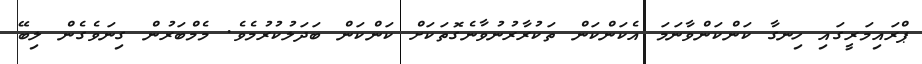
ޕްރައިމަރީގައި ހިނގާ ކަންކަންވާނަމަ އެކަންކަން ތަކުރާރުނުވާނެގޮތަކަށް ކަންކަން ބަދަލުކުރުމެވެ. މެމްބަރުން ގިނަވެގެން ލިބޭ